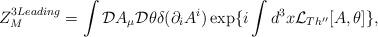
LaTeX: \begin{align*}Z_M^{3Leading} =\int {\cal D}A_{\mu}{\cal D}\theta\delta(\partial_iA^i) \exp\{i\int d^3x{\cal L}_{Th''}[A,\theta]\},\end{align*}